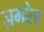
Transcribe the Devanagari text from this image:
ज़गरेब